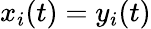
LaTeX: x_{i}(t)=y_{i}(t)